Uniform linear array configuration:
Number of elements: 64
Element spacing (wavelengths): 0.5
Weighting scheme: hamming
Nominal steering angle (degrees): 45
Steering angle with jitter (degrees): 43.337
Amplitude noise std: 0.05
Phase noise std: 0.05

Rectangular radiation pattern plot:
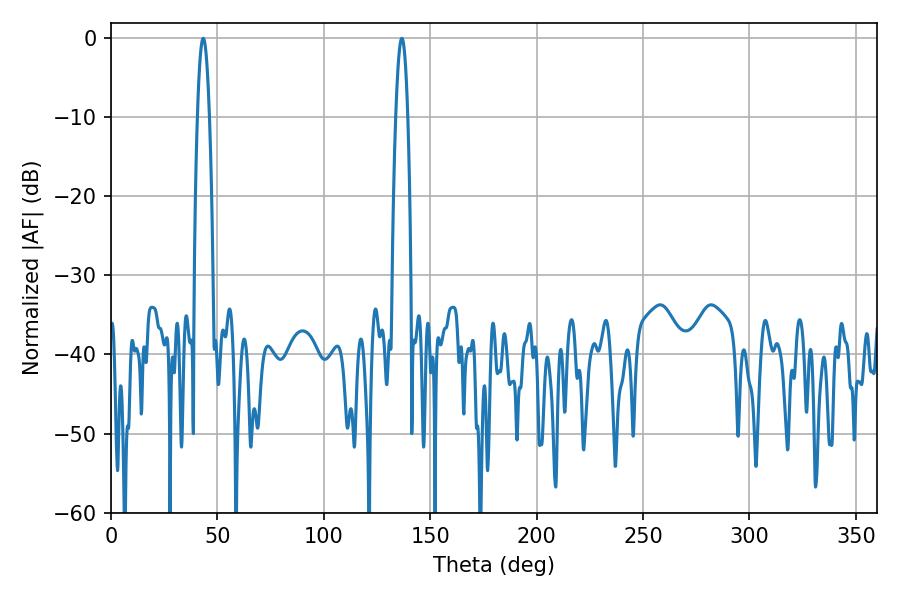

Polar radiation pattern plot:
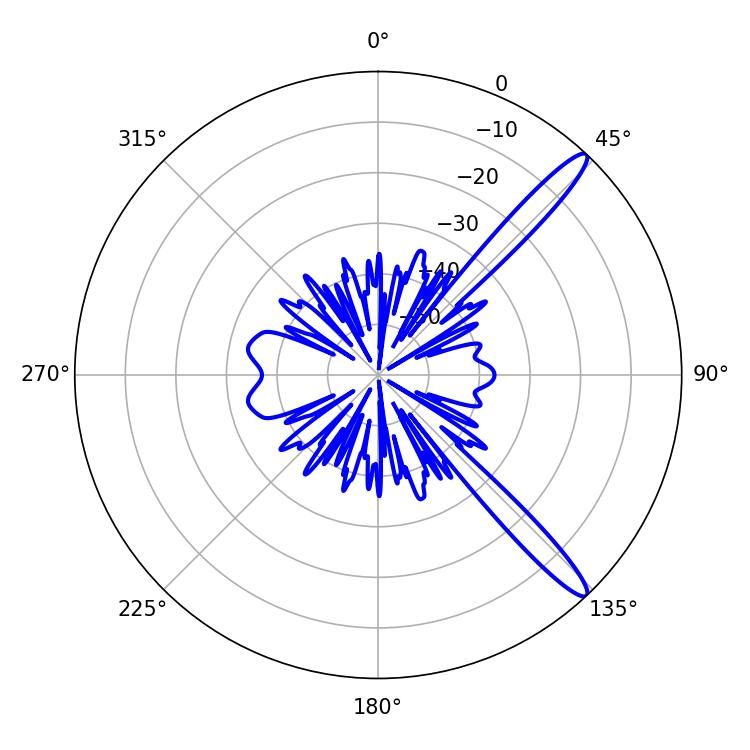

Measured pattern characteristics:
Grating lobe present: FALSE
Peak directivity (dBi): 13.923
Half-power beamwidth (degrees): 3.06
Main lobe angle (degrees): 43.38